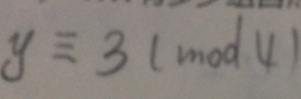
y \equiv 3 ( m o d 4 )